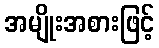
အမျိုးအစားဖြင့်